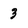
Character: 3